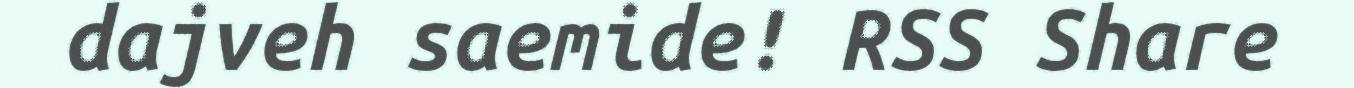
dajveh saemide! RSS Share